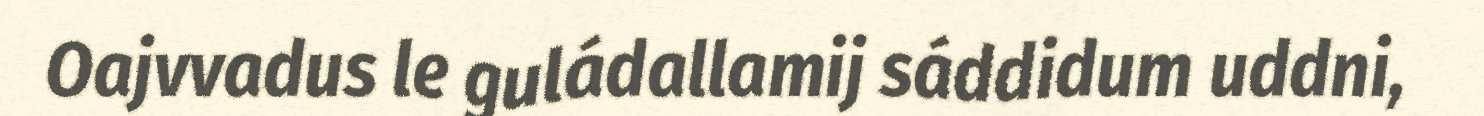
Oajvvadus le guládallamij sáddidum uddni,